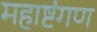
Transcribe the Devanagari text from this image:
महाष्टंगण